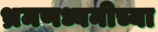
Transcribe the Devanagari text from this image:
भ्रमणध्वनीच्या